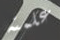
علمته